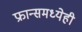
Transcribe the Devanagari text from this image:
फ्रान्समध्येही